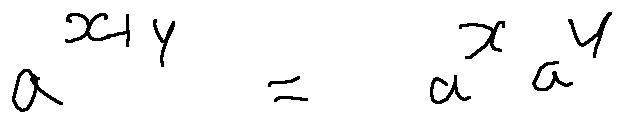
a ^ { x + y } = a ^ { x } a ^ { y }